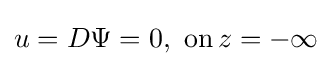
u=D\Psi =0,\,\,{\text{on}}\,z=-\infty